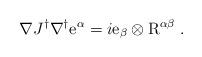
LaTeX: \begin{align*}\nabla J^\dag\nabla^\dag\mathrm{e}^\alpha=i\mathrm{e}_\beta\otimes \mathrm{R}^{\alpha\beta}\;.\end{align*}